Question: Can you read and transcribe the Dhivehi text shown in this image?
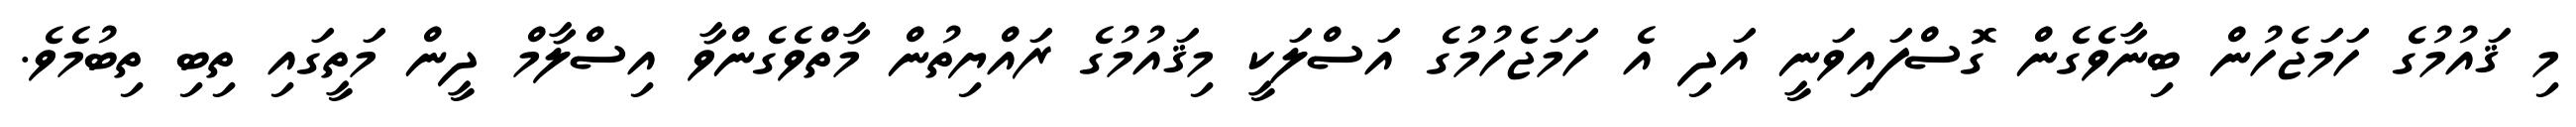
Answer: މި ޤައުމުގެ ހަމަޖެހުން ބިނާވެގެން ގޮސްފައިވަނީ އަދި އެ ހަމަޖެހުމުގެ އަސްލަކީ މިޤައުމުގެ ރައްޔިތުން މާތްވެގެންވާ އިސްލާމް ދީން މަތީގައި ތިބި ތިބުމެވެ.